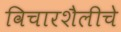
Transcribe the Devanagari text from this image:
विचारशैलीचे